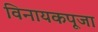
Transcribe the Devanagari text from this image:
विनायकपूजा